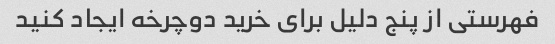
فهرستی از پنج دلیل برای خرید دوچرخه ایجاد کنید